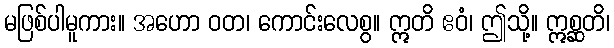
မဖြစ်ပါမူကား။ အဟော ဝတ၊ ကောင်းလေစွ။ ဣတိ ဧဝံ၊ ဤသို့။ ဣစ္ဆတိ၊